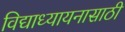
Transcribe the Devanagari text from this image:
विद्याध्यायनासाठी